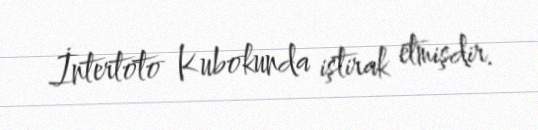
İntertoto Kubokunda iştirak etmişdir.